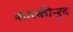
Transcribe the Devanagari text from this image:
कारकीऱ्र्द